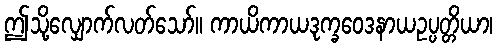
ဤသို့လျှောက်လတ်သော်။ ကာယိကာယဒုက္ခဝေဒနာယဥပ္ပတ္တိယာ၊